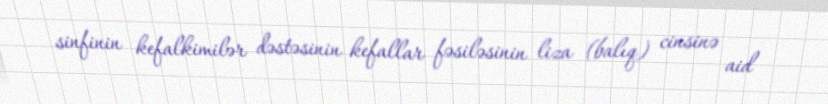
sinfinin kefalkimilər dəstəsinin kefallar fəsiləsinin liza (balıq) cinsinə aid